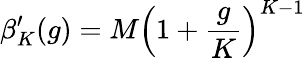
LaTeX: \beta_{K}^{\prime}(g)=M\left(1+\frac{g}{K}\right)^{K-1}